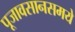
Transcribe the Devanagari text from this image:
पूजावसानसमये